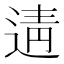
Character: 𨓽